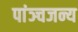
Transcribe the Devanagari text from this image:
पांञ्चजन्य